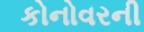
કોનોવરની